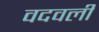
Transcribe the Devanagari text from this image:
वदवली